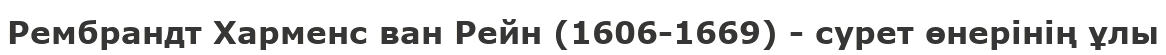
Рембрандт Харменс ван Рейн (1606-1669) - сурет өнерінің ұлы